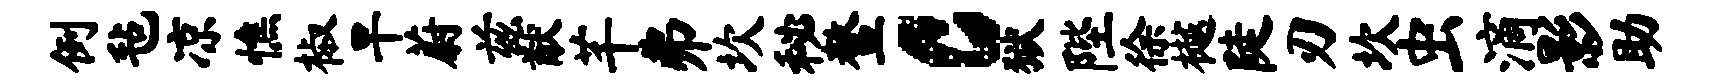
例毡凉憔椒旱蔚兹猷芊弗坎秘鳌c狱陛徐樾陡刃坎虫滴影助